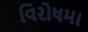
વિરોધમા